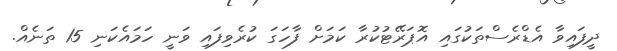
ދީފައިވާ އެޑްރެސްތަކުގައި އޮޕަރޭޓުކުރާ ކަމަށް ފާހަގަ ކުރެވިފައި ވަނީ ހަމައެކަނި 15 ތަނެއް.